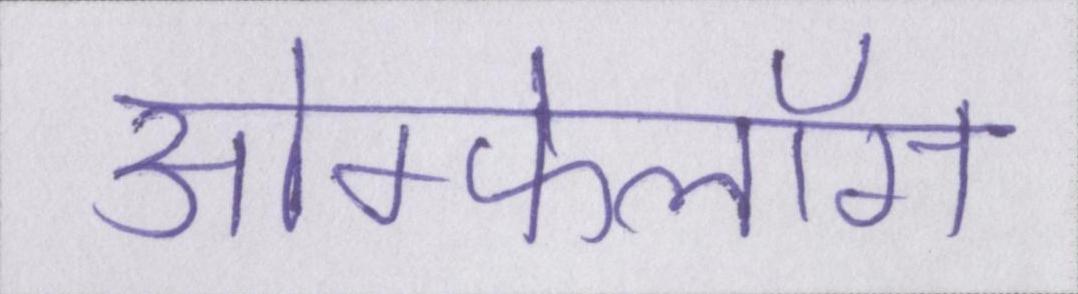
ओम्फेलॉस